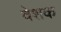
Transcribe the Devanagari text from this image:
वेशक